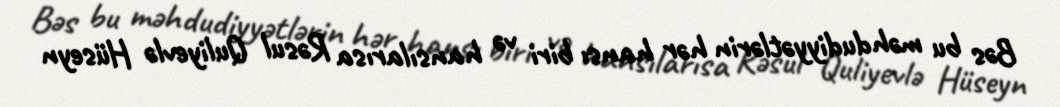
Bəs bu məhdudiyyətlərin hər hansı biri və hansılarısa Rəsul Quliyevlə Hüseyn